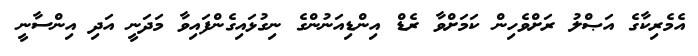
އެމެރިކާގެ އަޞްލު ރަށްވެހިން ކަމަށްވާ ރެޑް އިންޑިއަނުންގެ ނިގުޅައިގެންފައިވާ މަދަނީ އަދި އިންސާނީ